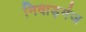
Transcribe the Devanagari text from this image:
निवाड़गंज